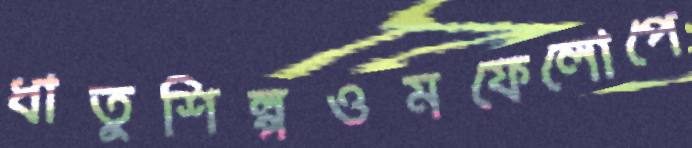
ধাতুশিল্পওমফেলোপে